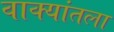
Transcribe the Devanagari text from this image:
वाक्यांतला